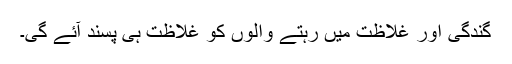
گندگی اور غلاظت میں رہتے والوں کو غلاظت ہی پسند آئے گی۔